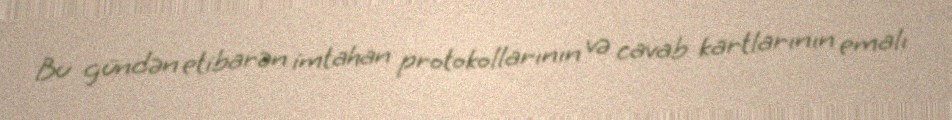
Bu gündən etibarən imtahan protokollarının və cavab kartlarının emalı